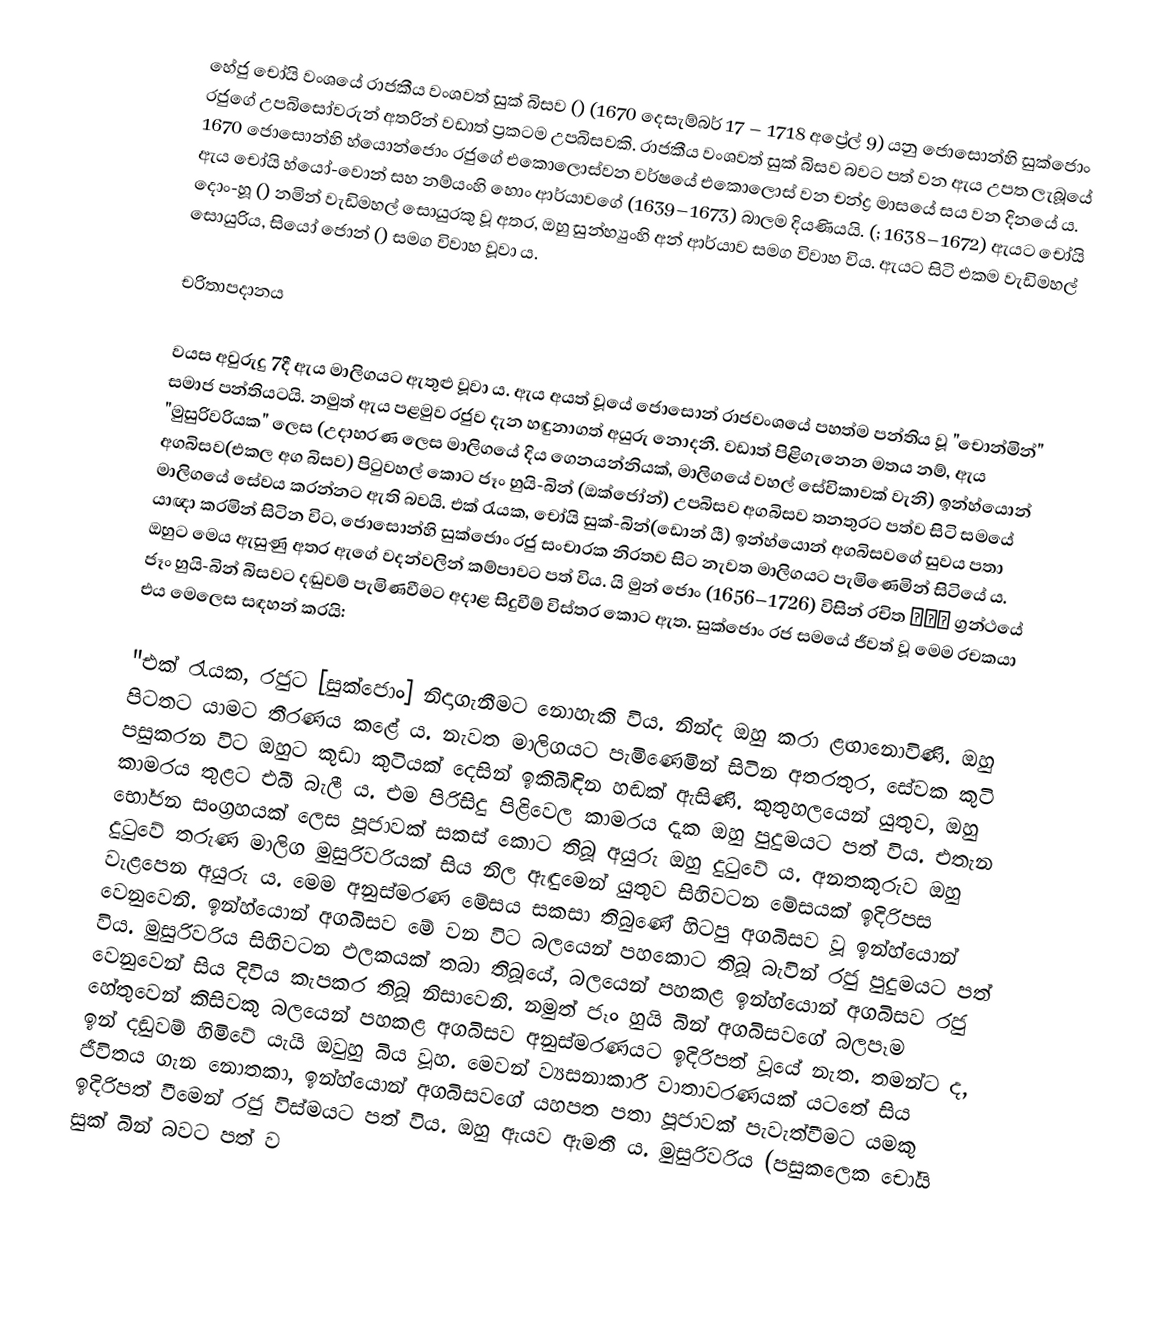
හේජු චෝයි වංශයේ රාජකීය වංශවත් සුක් බිසව () (1670 දෙසැම්බර් 17 – 1718 අප්‍රේල් 9) යනු ජොසොන්හි සුක්ජොං රජුගේ උපබිසෝවරුන් අතරින් වඩාත් ප්‍රකටම උපබිසවකි. රාජකීය වංශවත් සුක් බිසව බවට පත් වන ඇය උපත ලැබූයේ 1670 ජොසොන්හි හ්යොන්ජොං රජුගේ එකොලොස්වන වර්ෂයේ එකොලොස් වන චන්ද්‍ර මාසයේ සය වන දිනයේ ය. ඇය චෝයි හ්යෝ-වොන් සහ නම්යංහි හොං ආර්යාවගේ (1639–1673) බාලම දියණියයි. (; 1638–1672) ඇයට චෝයි දොං-හූ () නමින් වැඩිමහල් සොයුරකු වූ අතර, ඔහු සුන්හ්‍යුංහි අන් ආර්යාව සමග විවාහ විය. ඇයට සිටි එකම වැඩිමහල් සොයුරිය, සියෝ ජොන් () සමග විවාහ වූවා ය.

චරිතාපදානය

වයස අවුරුදු 7දී ඇය මාලිගයට ඇතුළු වූවා ය. ඇය අයත් වූයේ ජොසොන් රාජවංශයේ පහත්ම පන්තිය වූ "චොන්මින්" සමාජ පන්තියටයි. නමුත් ඇය පළමුව රජුව දැන හඳුනාගත් අයුරු නොදනී. වඩාත් පිළිගැනෙන මතය නම්, ඇය "මුසුරිවරියක" ලෙස (උදාහරණ ලෙස මාලිගයේ දිය ගෙනයන්නියක්, මාලිගයේ වහල් සේවිකාවක් වැනි) ඉන්හ්යොන් අගබිසව(එකල අග බිසව) පිටුවහල් කොට ජෑං හුයි-බින් (ඔක්ජෝන්) උපබිසව අගබිසව තනතුරට පත්ව සිටි සමයේ මාලිගයේ සේවය කරන්නට ඇති බවයි. එක් රැයක, චෝයි සුක්-බින්(ඩොන් යී) ඉන්හ්යොන් අගබිසවගේ සුවය පතා යාඥා කරමින් සිටින විට, ජොසොන්හි සුක්ජොං රජු සංචාරක නිරතව සිට නැවත මාලිගයට පැමිණෙමින් සිටියේ ය. ඔහුට මෙය ඇසුණු අතර ඇගේ වදන්වලින් කම්පාවට පත් විය. යි මුන් ජොං (1656–1726) විසින් රචිත 수문록 ග්‍රන්ථයේ ජෑං හුයි-බින් බිසවට දඬුවම් පැමිණවීමට අදාළ සිදුවීම් විස්තර කොට ඇත. සුක්ජොං රජ සමයේ ජීවත් වූ මෙම රචකයා එය මෙලෙස සඳහන් කරයි:

"එක් රැයක, රජුට [සුක්ජොං] නිදාගැනීමට නොහැකි විය. නින්ද ඔහු කරා ළඟානොවිණි. ඔහු පිටතට යාමට තීරණය කළේ ය. නැවත මාලිගයට පැමිණෙමින් සිටින අතරතුර, සේවක කුටි පසුකරන විට ඔහුට කුඩා කුටියක් දෙසින් ඉකිබිඳින හඬක් ඇසිණි. කුතුහලයෙන් යුතුව, ඔහු කාමරය තුළට එබී බැලී ය. එම පිරිසිදු පිළිවෙල කාමරය දැක ඔහු පුදුමයට පත් විය. එතැන භෝජන සංග්‍රහයක් ලෙස පූජාවක් සකස් කොට තිබූ අයුරු ඔහු දුටුවේ ය. අනතකුරුව ඔහු දුටුවේ තරුණ මාලිග මුසුරිවරියක් සිය නිල ඇඳුමෙන් යුතුව සිහිවටන මේසයක් ඉදිරිපස වැළපෙන අයුරු ය. මෙම අනුස්මරණ මේසය සකසා තිබුණේ හිටපු අගබිසව වූ ඉන්හ්යොන් වෙනුවෙනි. ඉන්හ්යොන් අගබිසව මේ වන විට බලයෙන් පහකොට තිබූ බැවින් රජු පුදුමයට පත් විය. මුසුරිවරිය සිහිවටන ඵලකයක් තබා තිබූයේ, බලයෙන් පහකළ ඉන්හ්යොන් අගබිසව රජු වෙනුවෙන් සිය දිවිය කැපකර තිබූ නිසාවෙනි. නමුත් ජෑං හුයි බින් අගබිසවගේ බලපෑම හේතුවෙන් කිසිවකු බලයෙන් පහකළ අගබිසව අනුස්මරණයට ඉදිරිපත් වූයේ නැත. තමන්ට ද, ඉන් දඬුවම් හිමිවේ යැයි ඔවුහු බිය වූහ. මෙවන් ව්‍යසනාකාරී වාතාවරණයක් යටතේ සිය ජීවිතය ගැන නොතකා, ඉන්හ්යොන් අගබිසවගේ යහපත පතා පූජාවක් පැවැත්වීමට යමකු ඉදිරිපත් වීමෙන් රජු විස්මයට පත් විය. ඔහු ඇයව ඇමතී ය. මුසුරිවරිය (පසුකලෙක චෝයි සුක් බින් බවට පත් ව